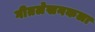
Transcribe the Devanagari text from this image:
गीतलेखनकला